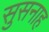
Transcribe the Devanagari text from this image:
सुसनाह